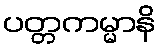
ပတ္တကမ္မာနိ